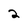
Character: 2